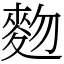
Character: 䴯